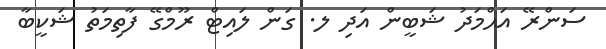
ސަންރޭ އަޙްމަދު ޝަބީން އަދި ލ. ގަން ލައިޓް ރޫމްގޭ ފާތިމަތު ޝަކީބާ